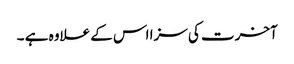
آخرت کی سزا اس کے علاوہ ہے ۔